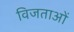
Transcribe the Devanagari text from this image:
विजताओं